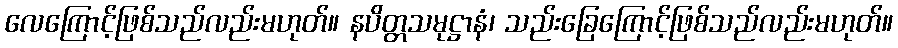
လေကြောင့်ဖြစ်သည်လည်းမဟုတ်။ နပိတ္တသမုဋ္ဌာနံ၊ သည်းခြေကြောင့်ဖြစ်သည်လည်းမဟုတ်။